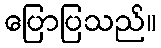
ပြောပြသည်။